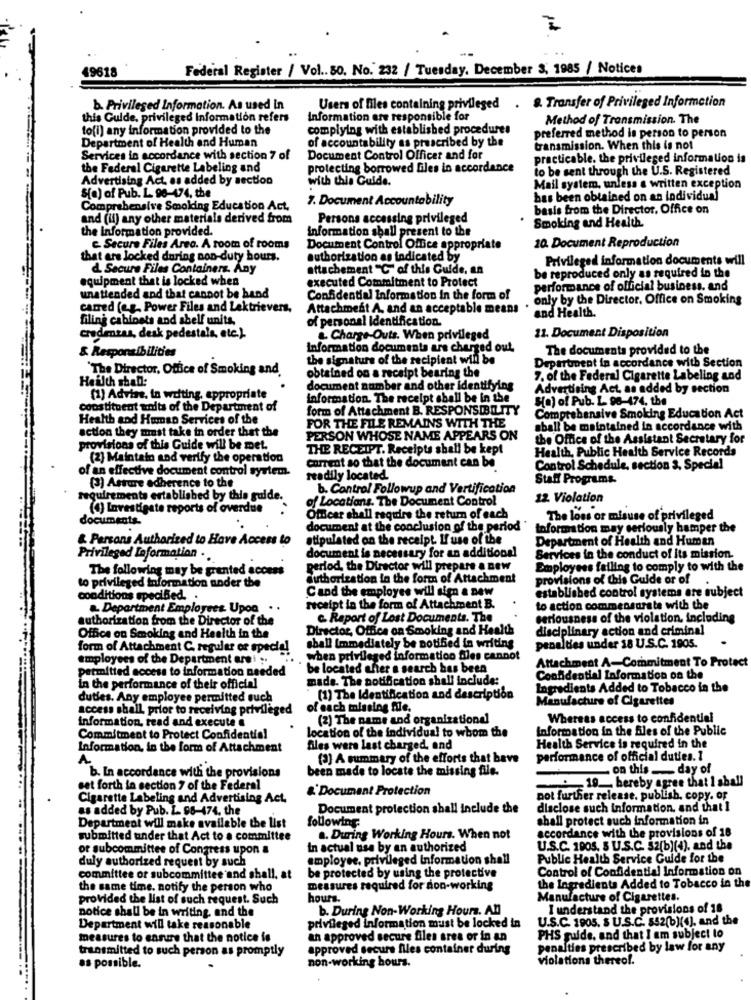
Federal Register / Vol .. 80. No. 232 / Tuesday. December 3, 1985 / Notices
49618
8. Transfer of Privileged Information
b. Privileged Information. As used In
Users of files containing privileged
this Guide, privileged Information refers
Information are responsible for
Method of Transmission. The
to(i) any information provided to the
complying with established procedures
Department of Health and Human
of accountability as prescribed by the
preferred method is person to person
transmission. When this is not
Services in accordance with section 7 of
Document Control Officer and for
practicable. the privileged information is
the Federal Cigarette Labeling and
protecting borrowed files in accordance
to be sent through the U.S. Registered
Advertising Act, as added by section
with this Guide.
Mail system, unless a written exception
S[o) of Pub. L. 96-474, the
7. Document Accountability
has been obtained on an individual
Comprehensive Smoking Education Act.
basis from the Director, Office on
and (if) any other materials derived from
Persons accessing privileged
Smoking and Health
the Information provided.
information shall present to the
10. Document Reproduction
c. Secure Files Area. A room of rooms
Document Control Office appropriate
that are locked during non-duty hours.
authorization as indicated by
Privileged information documents will
d. Secure Files Containers. Any
attachement "C" of this Guide, an
equipment that is locked when
executed Commitment to Protect
be reproduced only as required in the
performance of official business. and
unattended and that cannot be hand
Confidential Information in the form of
. only by the Director, Office on Smoking
carred (e.g. Power Files and Lektrievers.
Attachment A. and an acceptable means
and Health.
filing cabinets and shelf units.
of personal identification.
11. Document Disposition
credenzan, denk pedestala, etc.)
&. Charge-Outs. When privileged
& Responsibilities
Information documents are charged out
The documents provided to the
the signature of the recipient will be
Department in accordance with Section
`The Director, Office of Smoking and.
obtained on a receipt bearing the
Heilth shall:
7. of the Federal Cigarette Labeling and
document number and other Identifying
Advertising Act, as added by section
(1) Advise, in writing, appropriate
information. The receipt shall be in the
Ho) of Pub. L. 98-474, the
constituent units of the Department of
form of Attachment B. RESPONSIBILITY
Health and Human Services of the
FOR THE FILE REMAINS WITH THE
Comprehensive Smoking Education Act
action they must take in order that the
shall be maintained in accordance with
PERSON WHOSE NAME APPEARS ON
the Office of the Assistant Secretary for
provisions of this Guide will be met.
THE RECEIPT. Receipts shall be kept
Health, Public Health Service Records
(2] Maintain and verify the operation
of an effective document control system.
current so that the document can be
Control Schedule, section 3, Special
readily located
Staff Programs
(3) Astare adherence to the
b. Control Followup and Vertification
requirements established by this guide.
of Locations. The Document Control
12. Violation
(4) Investigate reports of overdue
documents.
Officer chall require the return of each
The loss or misuse of privileged
document at the conclusion of the period
toformation may seriously hamper the
& Persons Authorized to Have Access to
stipulated on the receipt. If use of the
Department of Health and Human
document is necessary for an additional
Privileged Laformation .
Services in the conduct of its mission.
The following may be granted access
period, the Director will prepare a new
Employees failing to comply to with the
to privileged information under the
authorization in the form of Attachment
provisions of this Guide or of
Cand the employee will sign a new
established control systems are subject
conditions specified. .
. Department Employees. Upon . .
receipt in the form of Attachment B.
to action commensurate with the
authorization from the Director of the
c. Raport of Lost Documents. The
seriousness of the violation, including
Office on Smoking and Health in the
Director, Office on Smoking and Health
disciplinary action and criminal
form of Attachment C. reguler or special
shall Immediately be notified in writing
penalties under 18 U.S.C. 1905.
employees of the Department are! :.
when privileged information fles cannot
Attachment A-Commitment To Protect
permitted access to information needed
be located efter a search has been
made. The notification shall include:
Confidential Information on the
in the performance of their official
Ingredients Added to Tobacco in the
duties. Any employee permitted such
(1) The Identification and description
Manufacture of Cigarettes
access shall prior to receiving privileged
of each missing file.
information, read and execute e
(2) The name and organizational
Whereas access to confidential
Information in the files of the Public
Commitment to Protect Confidential
location of the individual to whom the
Information, in the form of Attachment
files were last charged, and
Health Service is required in the
A
(2] A summary of the efforts that have
performance of official duties. 1
b. In accordance with the provisions
been made to locate the missing file.
on this _ day of
set forth in section 7 of the Federal
&'Document Protection
. 19. hereby agree that I shall
Cigarette Labeling and Advertising Act.
pot further release. publish, copy, or
es added by Pub. L. 98-474. the
Document protection shall include the
disclose such information, and that !
shall protect such information in
Department will make available the list
following
accordance with the provisions of 18
submitted under that Act to a committee
a. During Working Hours. When not
of subcommittee of Congress upon a
In actual use by an authorized
U.S.C. 1905. 8 U.S.C. 32(b)(+), and the
duly authorized request by such
employee, privileged Information shall
Public Health Service Guide for the
be protected by using the protective
Control of Confidential Information on
committee or subcommittee and shall, at
the Ingredients Added to Tobacco in the
the same time. notify the person who
measures required for non-working
provided the list of such request. Such
hours.
Manufacture of Cigarettes.
notice shall be in writing, and the
b. During Non-Working Hours. All
I understand the provisions of 18
U.S.C. 1905. S U.S.C. 842(b)(4), and the
Department will take reasonable
privileged information must be locked in
measures to ensure that the notice is
an approved secure files area or in an
PHS guide, and that I am subject to
transmitted to such person as promptly
approved secure flies container during
penalties prescribed by law for any
non-working hours.
Violations thereof.
as possible.